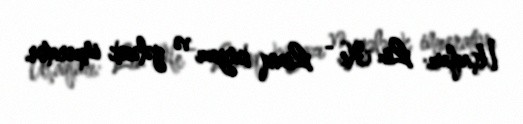
Uşaqları: Liu He - Lianq knyazı və gələcək imperator.